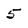
Character: 5